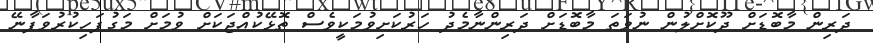
ދަރިން މާބޮޑަށް ދޫކޮށްލުން ނުވަތަ މާބޮޑަށް ދަރިންނާމެދު ހަރުކަށިވުމަކީވެސް ތޮޅޭކުއްޖަކަށް ވުމަށް މަގުފަހިކުރުވަފާނޭ